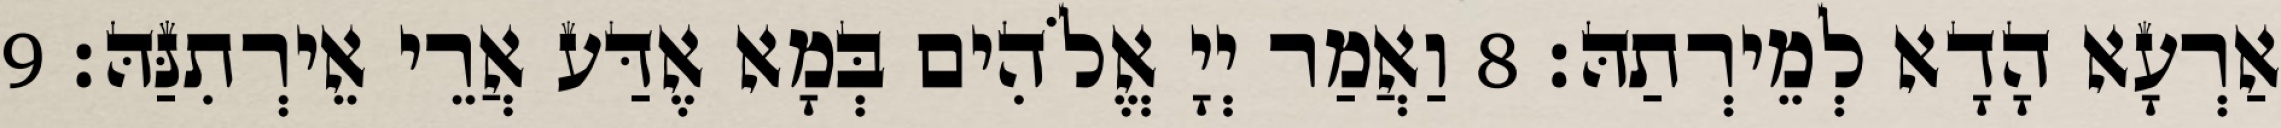
אַרְעָא הָדָא לְמֵירְתַהּ׃ 8 וַאֲמַר יְיָ אֱלֹהִים בְּמָא אֶדַּע אֲרֵי אֵירְתִנַּהּ׃ 9